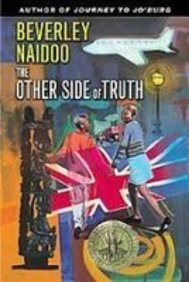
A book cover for The Other Side of Truth; Beverley Naidoo; Teen & Young Adult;